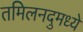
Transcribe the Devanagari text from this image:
तमिलनदुमध्ये